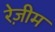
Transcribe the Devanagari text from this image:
रेज़ीम